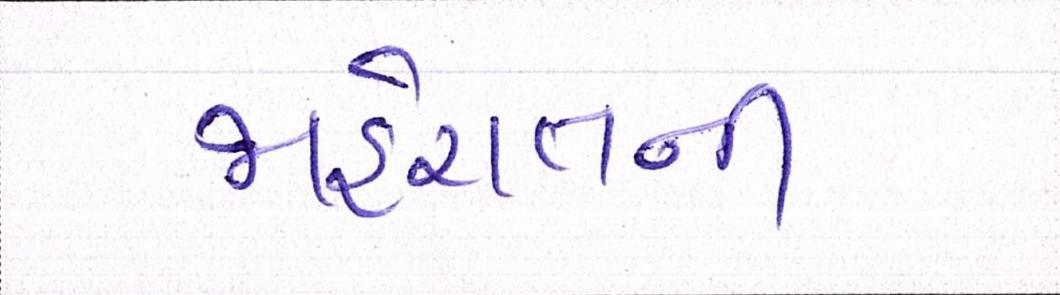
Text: જાહેરાતની